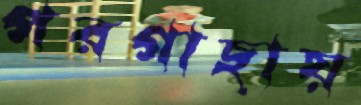
পরগাছায়